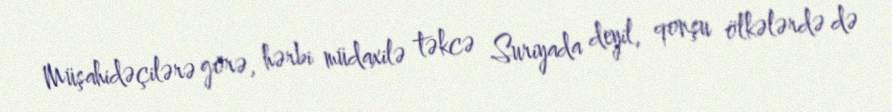
Müşahidəçilərə görə, hərbi müdaxilə təkcə Suriyada deyil, qonşu ölkələrdə də